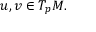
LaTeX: u , v \in T _ { p } M .